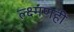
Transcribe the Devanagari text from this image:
ल्क्ष्मणही